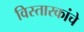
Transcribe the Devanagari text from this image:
विस्तारकांचे